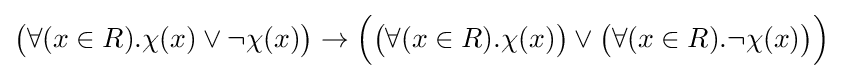
{\big (}\forall (x\in R).\chi (x)\lor \neg \chi (x){\big )}\to {\Big (}{\big (}\forall (x\in R).\chi (x){\big )}\lor {\big (}\forall (x\in R).\neg \chi (x){\big )}{\Big )}